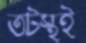
তটস্থই